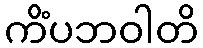
ကိံပဘဝါတိ